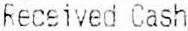
RECEIVED CASH